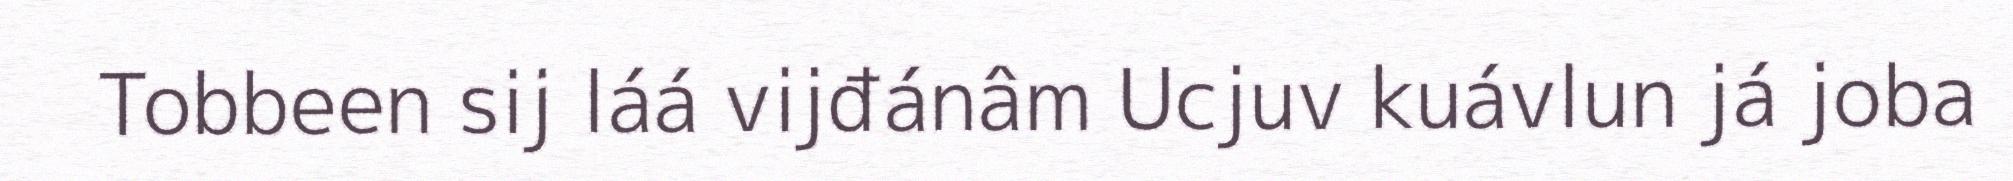
Tobbeen sij láá vijđánâm Ucjuv kuávlun já joba